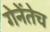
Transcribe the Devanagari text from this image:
गेनेंतेच